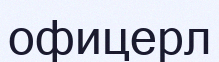
офицерл